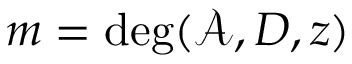
m = \deg ( \mathcal { A } , D , z )